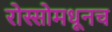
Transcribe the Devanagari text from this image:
रोस्सोमधूनच